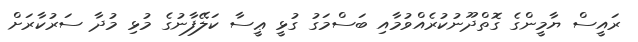
ރައީސް ޔާމީންގެ ގޮތްދޫނުކުރެއްވުމާއި ބަސްމަގު ގުޅީ ޢީސާ ކަލޭފާނުގެ މުޅި މުދާ ސަރުކާރަށް